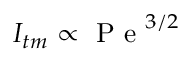
I _ { t m } \propto \mathrm { ~ P ~ e ~ } ^ { 3 / 2 }